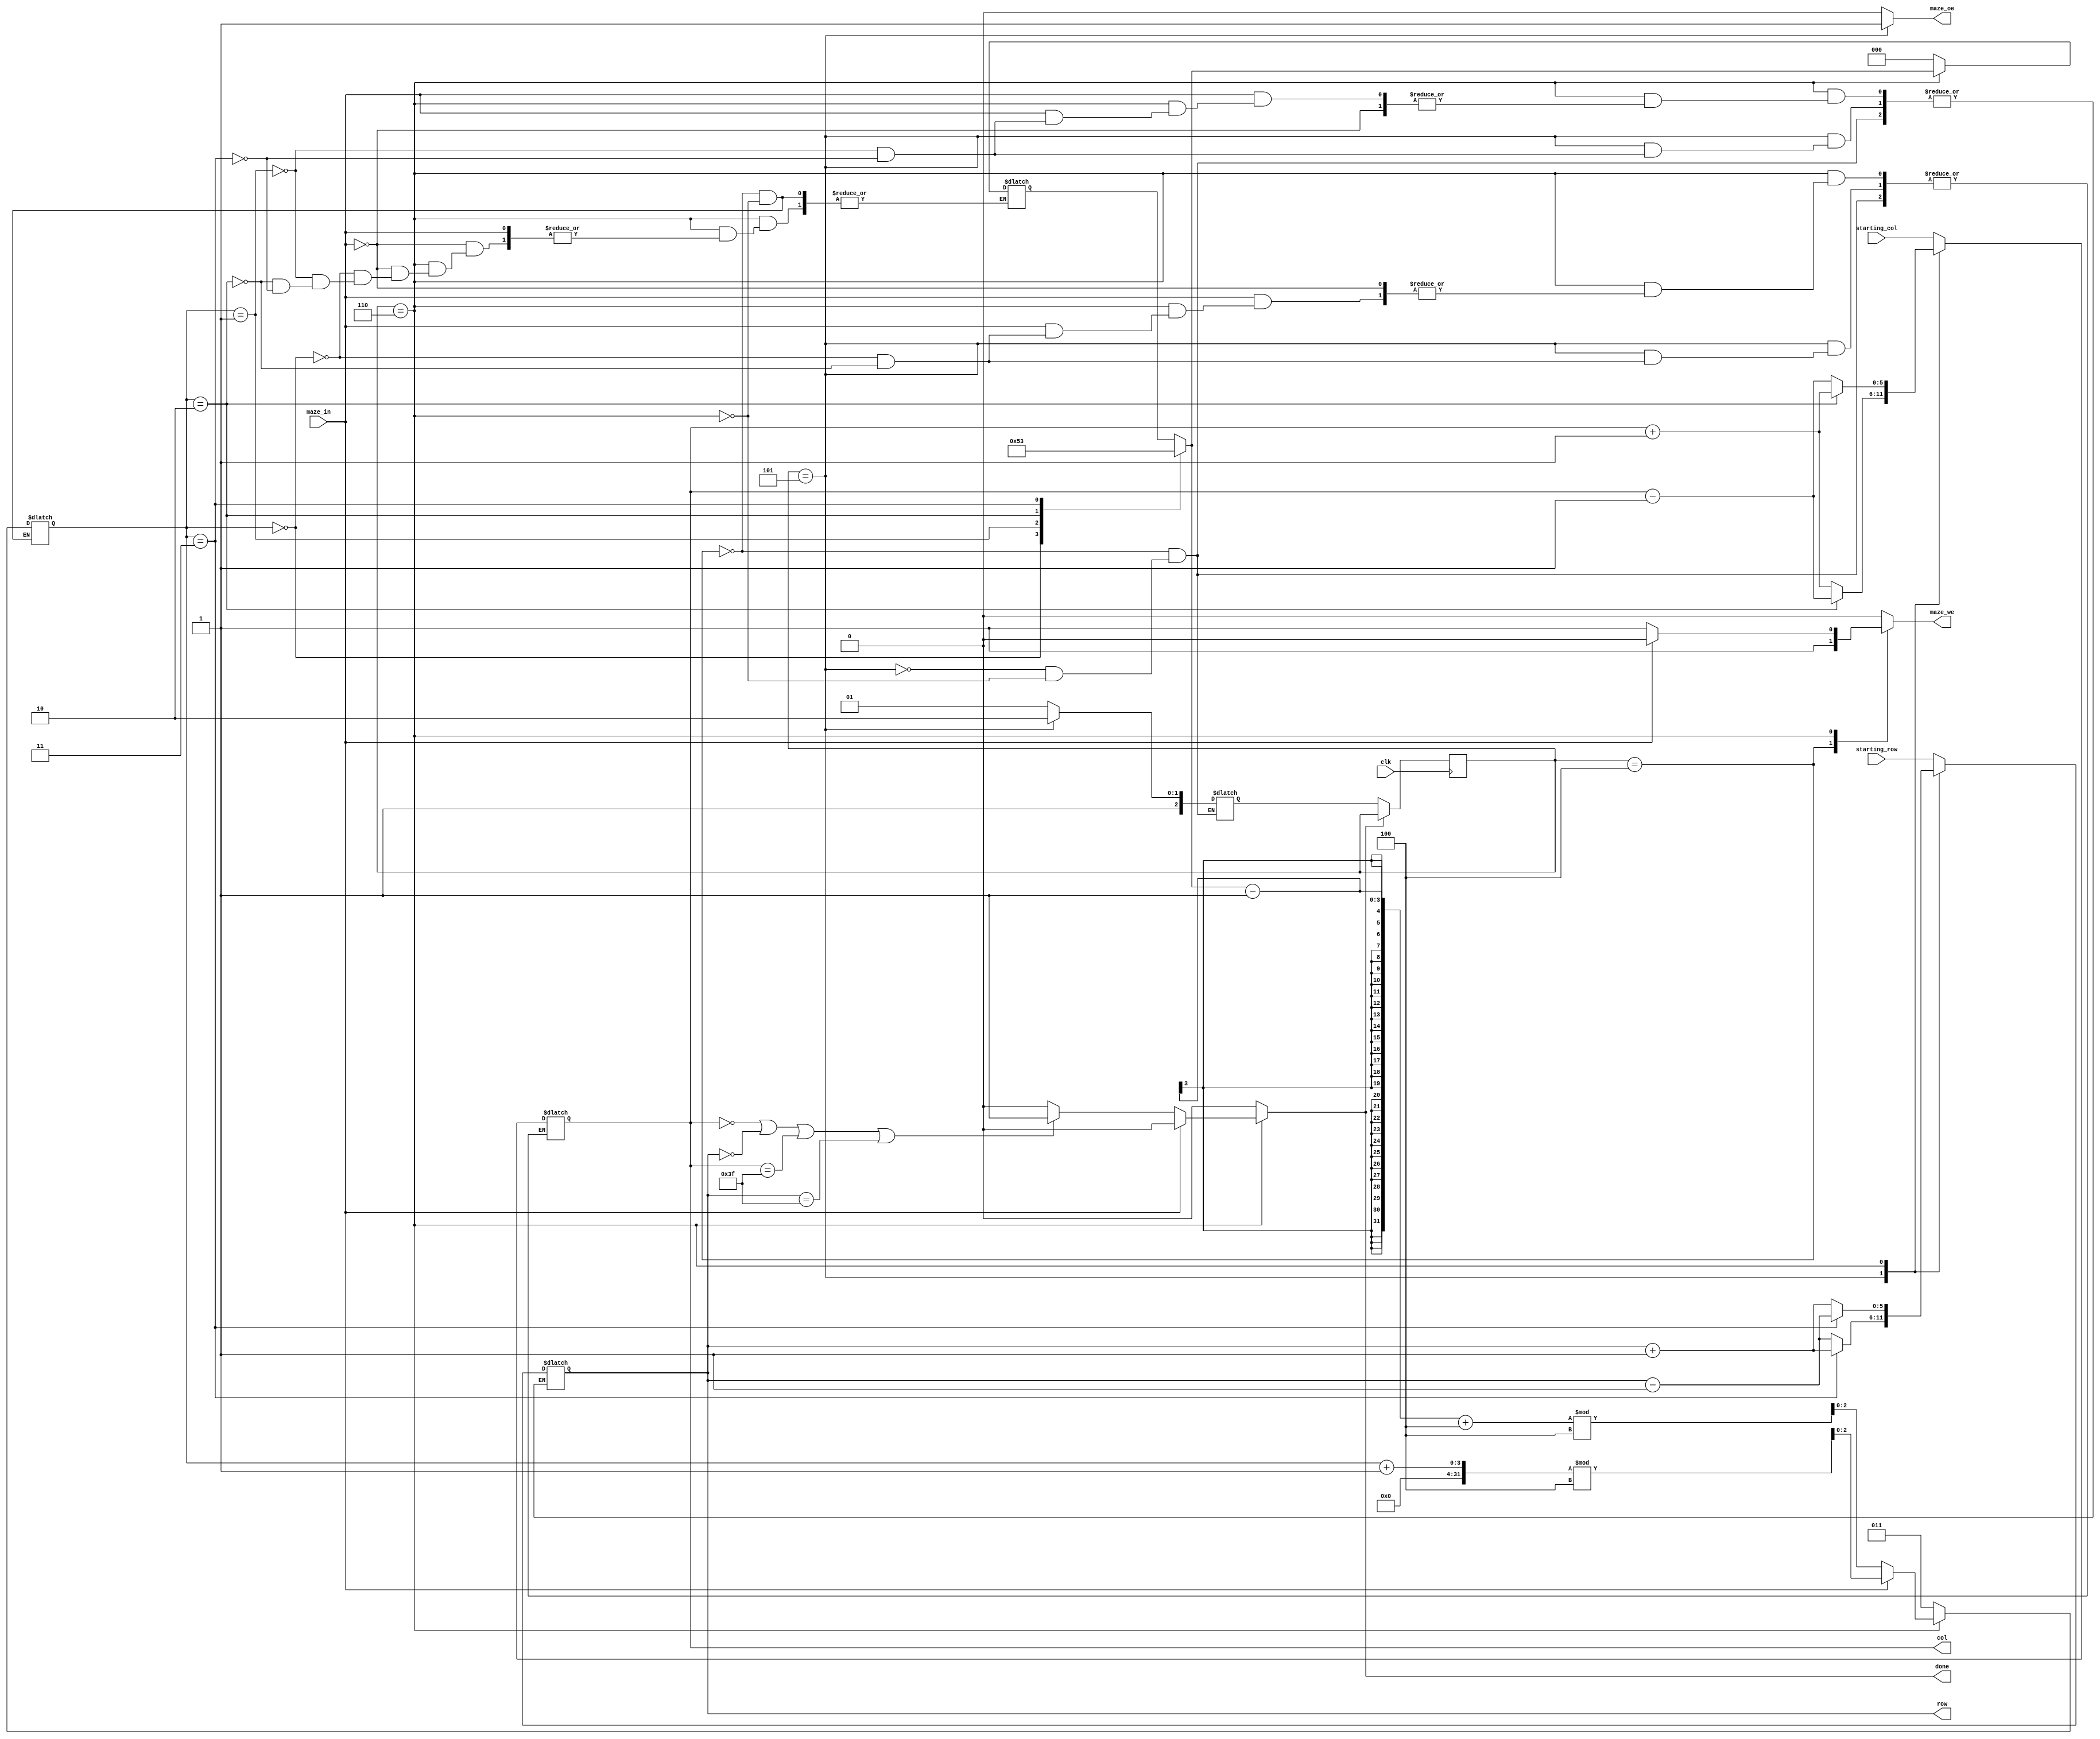
`timescale 1ns / 1ps
//////////////////////////////////////////////////////////////////////////////////
// Company: Student 333AA
// 
// Design Name: 
// Module Name:    maze 
// Project Name: 
// Target Devices: 
// Tool versions: 
// Description: 
//
// Dependencies: 
//
// Revision: 
// Revision 0.01 - File Created
// Additional Comments: 
//
//////////////////////////////////////////////////////////////////////////////////
`define  dreapta               0
`define  sus                  1  
`define  stanga                2
`define  jos						3
`define  initializare			 4  //starile in care se afla robotelul
`define  set_deplasare         5
`define	verificare            6 
//parameter maze_width = 64;

module maze(

input 		          clk,
input [6 - 1:0]  starting_col, starting_row, 	// indicii punctului de start
input  			  maze_in, 			// ofer informa?ii despre punctul de coordonate [row, col]
output reg [6 - 1:0] row, col,	 		// selecteaz un rnd si o coloan din labirint
output reg		  maze_oe,			// output enable (activeaz citirea din labirint la rndul ?i coloana date) - semnal sincron	
output reg		  maze_we, 			// write enable (activeaz scrierea n labirint la rndul ?i coloana date) - semnal sincron
output reg		  done);		 	// ie?irea din labirint a fost gasit; semnalul rmane activ 

   reg[2:0] state;
	reg[2:0] next_state;
	//deplasarea :  dreapta orientarii // pt maze_in ==0 
	//					sens trigonometric a. i. in linie dreapta sa nu fie favorizata intoarcerea ca sa nu se impotmoleasca 
	// in bucle                                           // pt maze_in == 1
	reg [2:0] deplasare;
	//directia in care s-a facut deplasarea la pasul anterior
	reg [2:0] orientare;

	initial 
	begin
	state = 4;  //prima data automatul intra in starea de initializare
	next_state =0;
	end
	
	always @(posedge clk)begin
		if(done==0)
		begin
			state <= next_state;
		end
	
	end

	always@(*)begin

		done = 0;
		maze_oe = 0;
		maze_we = 0;
		
		case(state)
		  
		  `initializare:begin
   			row = starting_row;
				col =  starting_col;
				maze_we =1;
				orientare = `dreapta;
				deplasare = (orientare - 1+4)%4;
				next_state = `set_deplasare;
				 
			end 
		  
		 // Deplasarile sunt gandite ca si atunci cand privesti matricea labirintului
		  `set_deplasare:begin
				case(deplasare)
					0:begin
						col = col + 1; // dreapta 
					end
					1: begin
						row = row - 1; //sus
					end
					
					2: begin 
						col = col - 1; // stanga
					
					end
					3: begin
						row = row + 1; // jos
					end
				endcase	
				maze_oe = 1; 
				next_state = `verificare; 
		   end
			
			`verificare: begin
						if(maze_in == 0) 
						begin 
								maze_we = 1;
								if(col==0 || row == 0|| col == 63 ||row == 63)   // conditia de gasire a iesirii este ca roobotelul sa se afle
								begin															//pe conturul matricei
									done = 1;
								end
								//daca miscarea este valida, directia de deplasarea este noua orientare
								case(deplasare)
									0:begin
									orientare = `dreapta;
									end
									
									1:begin
									orientare =  `sus;
									end
								
									2:begin
									orientare = `stanga;
									end
									
									3:begin
									orientare = `jos;
									end
								
								endcase
								                                     // 
								 deplasare =  (orientare - 1+4)%4;  // deplasarea noua se face dreapta orientarii actualizate mai sus
								 next_state = `set_deplasare;
						end
					
						else
						begin
						// cazul in care misacrea nu este valida
						case(deplasare)
								0:begin	
									col = col - 1; //  ma reintorc in pozitia de unde am plecat
									//deplasare =  (deplasare + 1)%4;
								end

								1: begin 
									row = row + 1; //  ma reintorc in pozitia de unde am plecat
								//	deplasare =  (deplasare + 1)%4;
								 end


							  2: begin
								col = col + 1;//  ma reintorc in pozitia de unde am plecat
								//deplasare =  (deplasare + 1)%4;
								end

							 3: begin 
								row = row - 1; //  ma reintorc in pozitia de unde am plecat
							 // deplasare =  (deplasare + 1)%4;
								end
							endcase
						   deplasare =  (deplasare + 1)%4;
							next_state = `set_deplasare;
						end
				end
			endcase
end			
endmodule